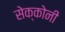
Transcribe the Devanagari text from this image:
सेक्कोनी